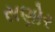
સણોર